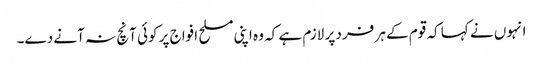
انہوں نے کہا کہ قوم کے ہر فرد پر لازم ہے کہ وہ اپنی مسلح افواج پر کوئی آنچ نہ آنے دے۔